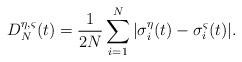
LaTeX: \begin{align*}D_{N}^{\eta, \varsigma}(t)=\frac{1}{2N}\sum_{i=1}^{N}|\sigma_{i}^{\eta}(t)-\sigma_{i}^{\varsigma}(t)|.\end{align*}